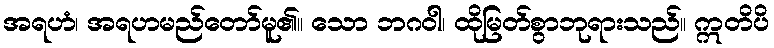
အရဟံ၊ အရဟမည်တော်မူ၏။ သော ဘဂဝါ၊ ထိုမြတ်စွာဘုရားသည်။ ဣတိပိ